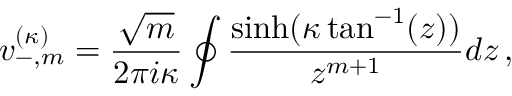
v _ { - , m } ^ { ( \kappa ) } = \frac { \sqrt { m } } { 2 \pi i \kappa } \oint \frac { \sinh ( \kappa \tan ^ { - 1 } ( z ) ) } { z ^ { m + 1 } } d z \, ,